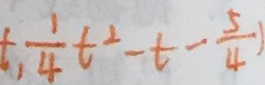
t , \frac { 1 } { 4 } t ^ { 2 } - t - \frac { 5 } { 4 } )